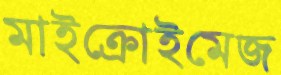
মাইক্রোইমেজ